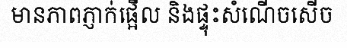
មានភាពភ្ញាក់ផ្អើល និងផ្ទុះសំណើចសើច